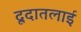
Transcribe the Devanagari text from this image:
दूदातलाई